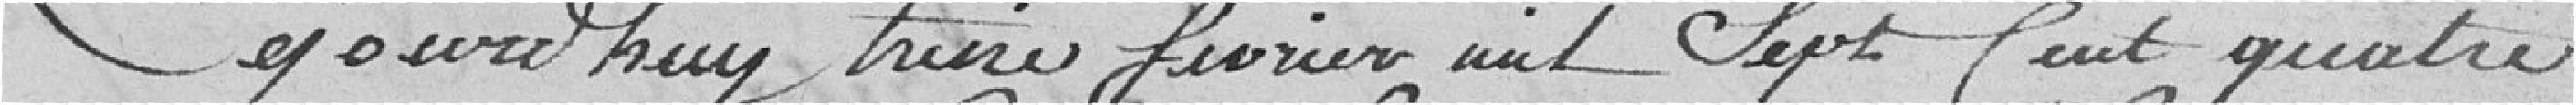
Ce jour d'huy treize février mil sept centre quatre